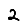
Digit: 2